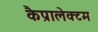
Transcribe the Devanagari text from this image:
कैप्रालेक्टम